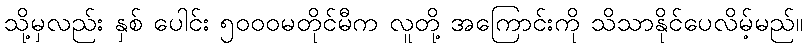
သို့မှလည်း နှစ် ပေါင်း ၅၀၀၀မတိုင်မီက လူတို့ အကြောင်းကို သိသာနိုင်ပေလိမ့်မည်။